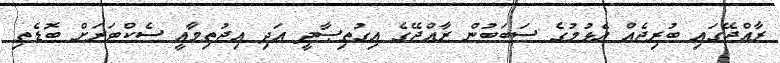
ރާއްޖޭގައި ބުރިޖެއް އެޅުމުގެ ސަބަބުން ރާއްޖޭގެ އިގުތިޞާދީ އަދި އިޖުތިމާއީ ސެކްޓަރަށް ބޮޑެތި